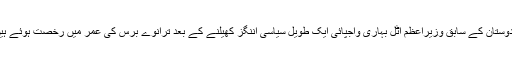
ہندوستان کے سابق وزیراعظم اٹل بہاری واجپائی ایک طویل سیاسی اننگز کھیلنے کے بعد ترانوے برس کی عمر میں رخصت ہوئے ہیں۔